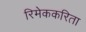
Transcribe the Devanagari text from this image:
रिमेककरिता